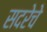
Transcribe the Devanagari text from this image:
सदरेचे